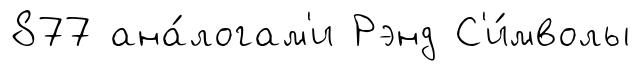
877 ана́логам'и Рэнд С'и́мволы